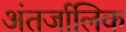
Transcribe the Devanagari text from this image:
अंतर्जालिक